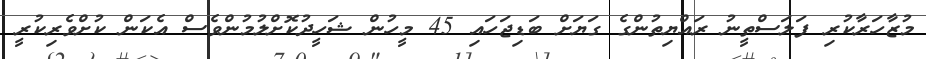
މުޒާހަރާކުރި ފަލަސްތީނު ރައްޔިތުންގެ ގަޔަށް ބަޑިޖަހައި 45 މީހުން ޝަހީދުކޮށްލުމުންވެސް އެކަން ކުށްވެރިކުރީ